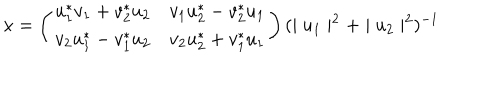
LaTeX: x = \left( \begin{array} { c c } { { u _ { 1 } ^ { \ast } v _ { 1 } + v _ { 2 } ^ { \ast } u _ { 2 } } } & { { v _ { 1 } u _ { 2 } ^ { \ast } - v _ { 2 } ^ { \ast } u _ { 1 } } } \\ { { v _ { 2 } u _ { 1 } ^ { \ast } - v _ { 1 } ^ { \ast } u _ { 2 } } } & { { v _ { 2 } u _ { 2 } ^ { \ast } + v _ { 1 } ^ { \ast } u _ { 1 } } } \\ \end{array} \right) ( \mid u _ { 1 } \mid ^ { 2 } + \mid u _ { 2 } \mid ^ { 2 } ) ^ { - 1 }